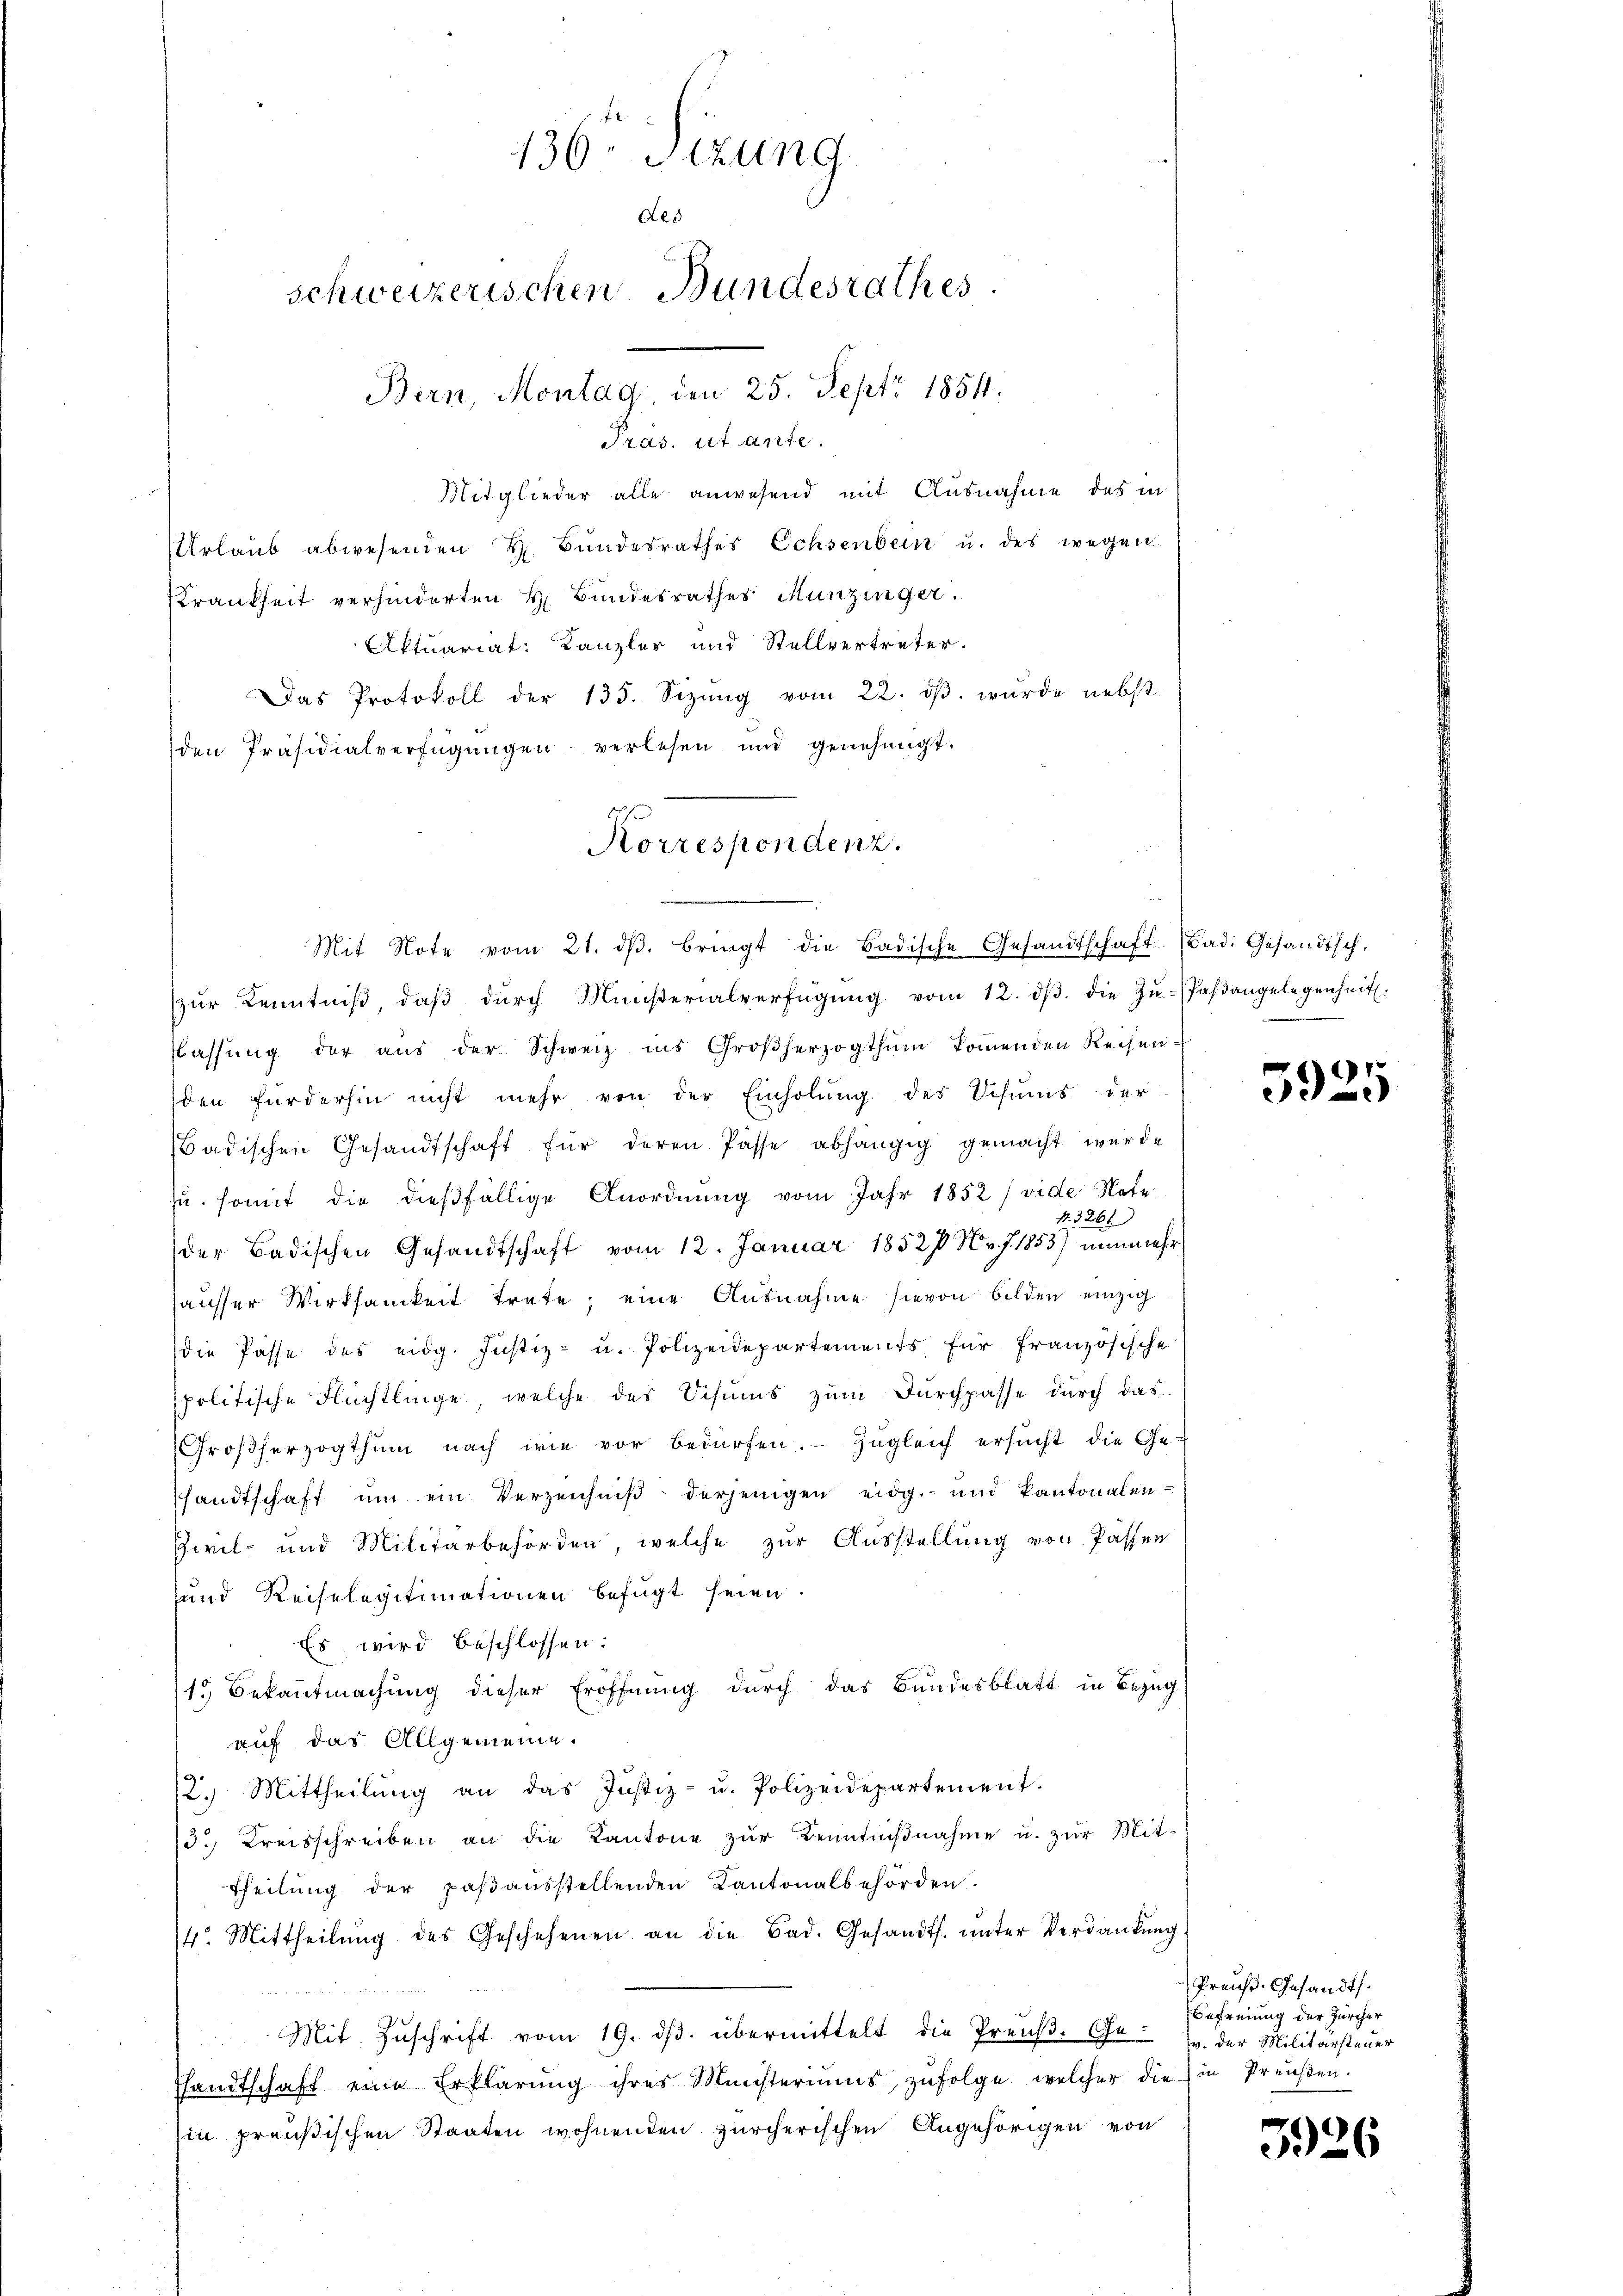
136 Sitzung
Aes
schweizerischen Bundesrathes.
Bern, Montag, den 25. Sept 1854.
Pras. ut ante.

Mitglieder alle anwesend mit Ausnahme des in
Urlaub abwesenden H. Bundesrathes Ochsenbein u. des wegen
Krankheit verhinderten H. Bundesrathes Munzinger.
Aktuariat: Kanzler und Stellvertreter.
Das Protokoll der 135. Sizŭng vom 22. dβ. wurde nebst
den Präsidialverfügungen verlesen und genehmigt.
Mit Note vom 21. dβ. bringt die Badische Gesandtschaft (Bad. Gesandtsch.
zŭr Kenntniβ, daβ dŭrch Münsterialverfügŭng vom 12. dβ. die Zŭ-Paβangelegenheit.
Classŭng der aŭs der Schweiz ins Großherzogthum koṁenden Reisen-
iden fürderhin nicht mehr von der Einholŭng des Schums der
Badischen Gesandtschaft für deren Pässe abhängig gemacht wurde
zu. somit die dießfällige Anordnung vom Jahr 1852 (vide Note
R. 3266
der Badischen Gesandtschaft vom 12. Januar 18521 Nr. f. 1853) nunmehr
hausser Wirksamkeit trete; eine Ausnahme hievon bilden einzig
die Pässe des eidg. Justiz- u. Polizeidepartements für französische
politische Flüchtlinge, welche des Schums zum Durchpasse durch das
Großherzogthum nach wie vor bedürfen. Zugleich ersucht die Ge-
sandtschaft um ein Verzeichniß derjenigen eidg.- und kantonalen¬
Zivil- und Militärbehörden, welche zur Ausstellung von Passen
und Reiselegitimationen befugt seien.
Es wird beschlossen:
15 Bekanntmachung dieser Eröffnung durch das Bundesblatt in Bezug
auf das Allgemeine.
/2. Mittheilung an das Justiz- u. Polizeidepartement.
3. Kreisschreiben an die Kantone zŭr Kenntniβnahme u. zŭr Mit-
Theilung der paβaŭsstellenden Kantonalbehörden.
4. Mittheilŭng des Geschehenen an die Bad. Gesandts. ŭnter Verdankŭng
Mit Zŭschrift vom 19. dβ. übermittelt die Preŭβ. Ge- (v. der Militärsteuer
Thandtschaft eine Erklärŭng ihres Münsteriums, zŭfolge, welcher die in Preŭβen.
Ein preußischen Staaten wohnenden zürcherischen Angehörigen von

Korrespondenz.

5925

Preuß. Gesandts.
Befreiung der Zürcher

3926